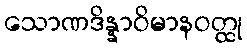
သောဏဒိန္နာဝိမာနဝတ္ထု